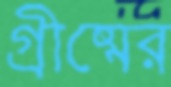
গ্রীষ্মের